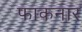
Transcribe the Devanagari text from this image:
फाकनार